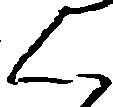
く